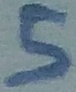
Text: 5